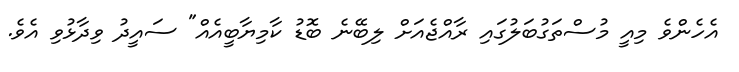
އެހެންވެ މިއީ މުސްތަގުބަލުގައި ރާއްޖެއަށް ލިބޭނެ ބޮޑު ކާމިޔާބީއެއް" ސައީދު ވިދާޅުވި އެވެ.